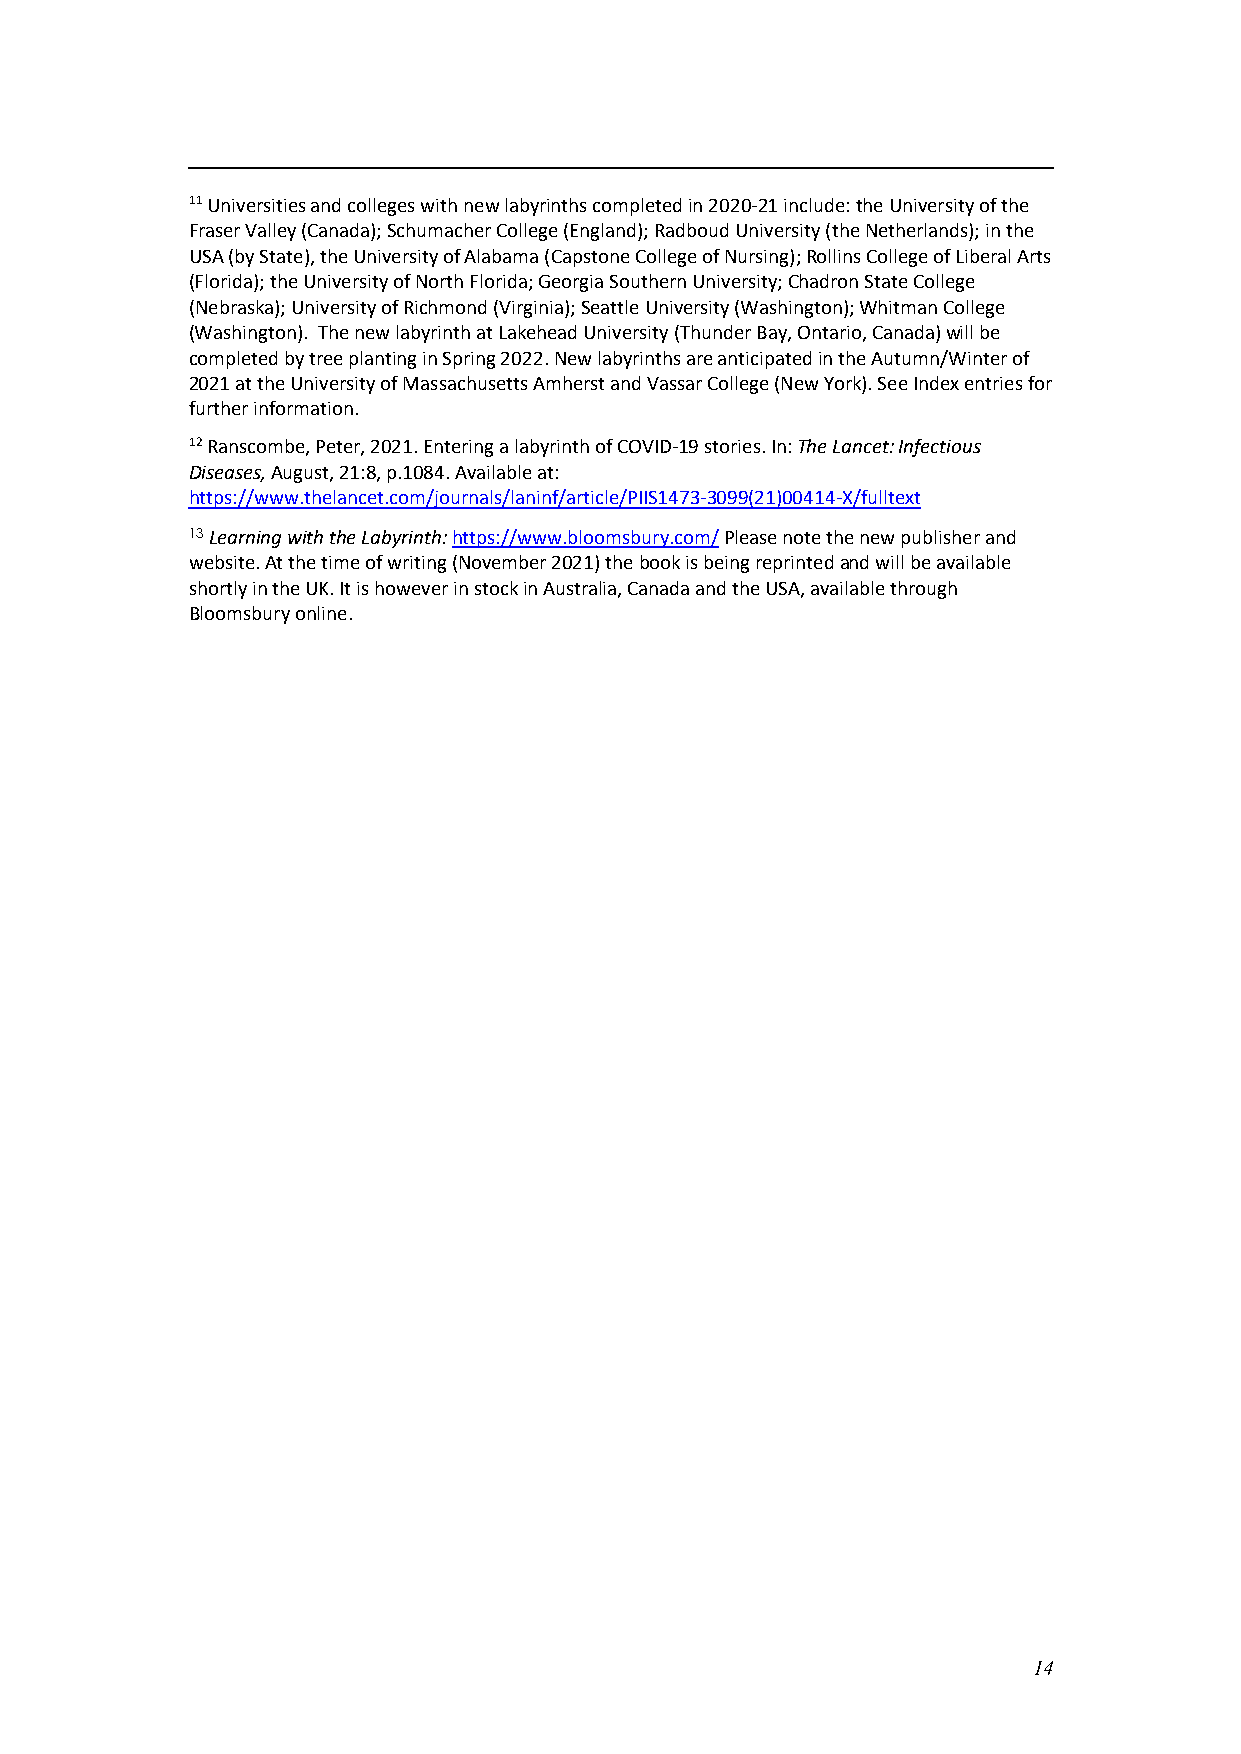
11 Universities and colleges with new labyrinths completed in 2020-21 include: the University of the
 Fraser Valley (Canada); Schumacher College (England); Radboud University (the Netherlands); in the
 USA (by State), the University of Alabama (Capstone College of Nursing); Rollins College of Liberal Arts
 (Florida); the University of North Florida; Georgia Southern University; Chadron State College
 (Nebraska); University of Richmond (Virginia); Seattle University (Washington); Whitman College
 (Washington). The new labyrinth at Lakehead University (Thunder Bay, Ontario, Canada) will be
 completed by tree planting in Spring 2022. New labyrinths are anticipated in the Autumn/Winter of
 2021 at the University of Massachusetts Amherst and Vassar College (New York). See Index entries for
 further information.
 12 Ranscombe, Peter, 2021. Entering a labyrinth of COVID-19 stories. In: The Lancet: Infectious
 Diseases, August, 21:8, p.1084. Available at:
 https://www.thelancet.com/journals/laninf/article/PIIS1473-3099(21)00414-X/fulltext
 13 Learning with the Labyrinth: https://www.bloomsbury.com/ Please note the new publisher and
 website. At the time of writing (November 2021) the book is being reprinted and will be available
 shortly in the UK. It is however in stock in Australia, Canada and the USA, available through
 Bloomsbury online.
 14